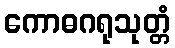
ကောဓဂရုသုတ္တံ